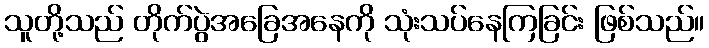
သူတို့သည် တိုက်ပွဲအခြေအနေကို သုံးသပ်နေကြခြင်း ဖြစ်သည်။